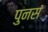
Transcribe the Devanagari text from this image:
पुनसं